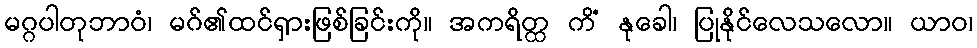
မဂ္ဂပါတုဘာဝံ၊ မဂ်၏ထင်ရှားဖြစ်ခြင်းကို။ အကရိတ္ထ ကိံ နုခေါ၊ ပြုနိုင်လေသလော။ ယာဝ၊